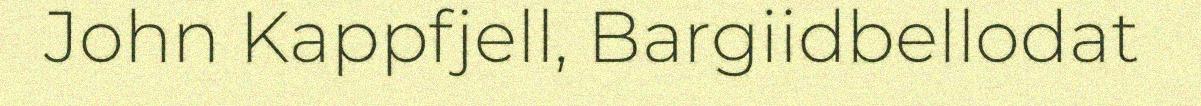
John Kappfjell, Bargiidbellodat